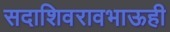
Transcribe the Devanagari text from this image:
सदाशिवरावभाऊही